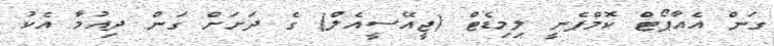
ގަން އެއާޕޯޓް ކޮމްޕެނީ ލިމިޑެޓް (ޖީއޭސީއެލް) ގެ ދަށަށް ގަން ދިއުމާ އެކު